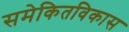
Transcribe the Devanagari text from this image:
समेकितविकास